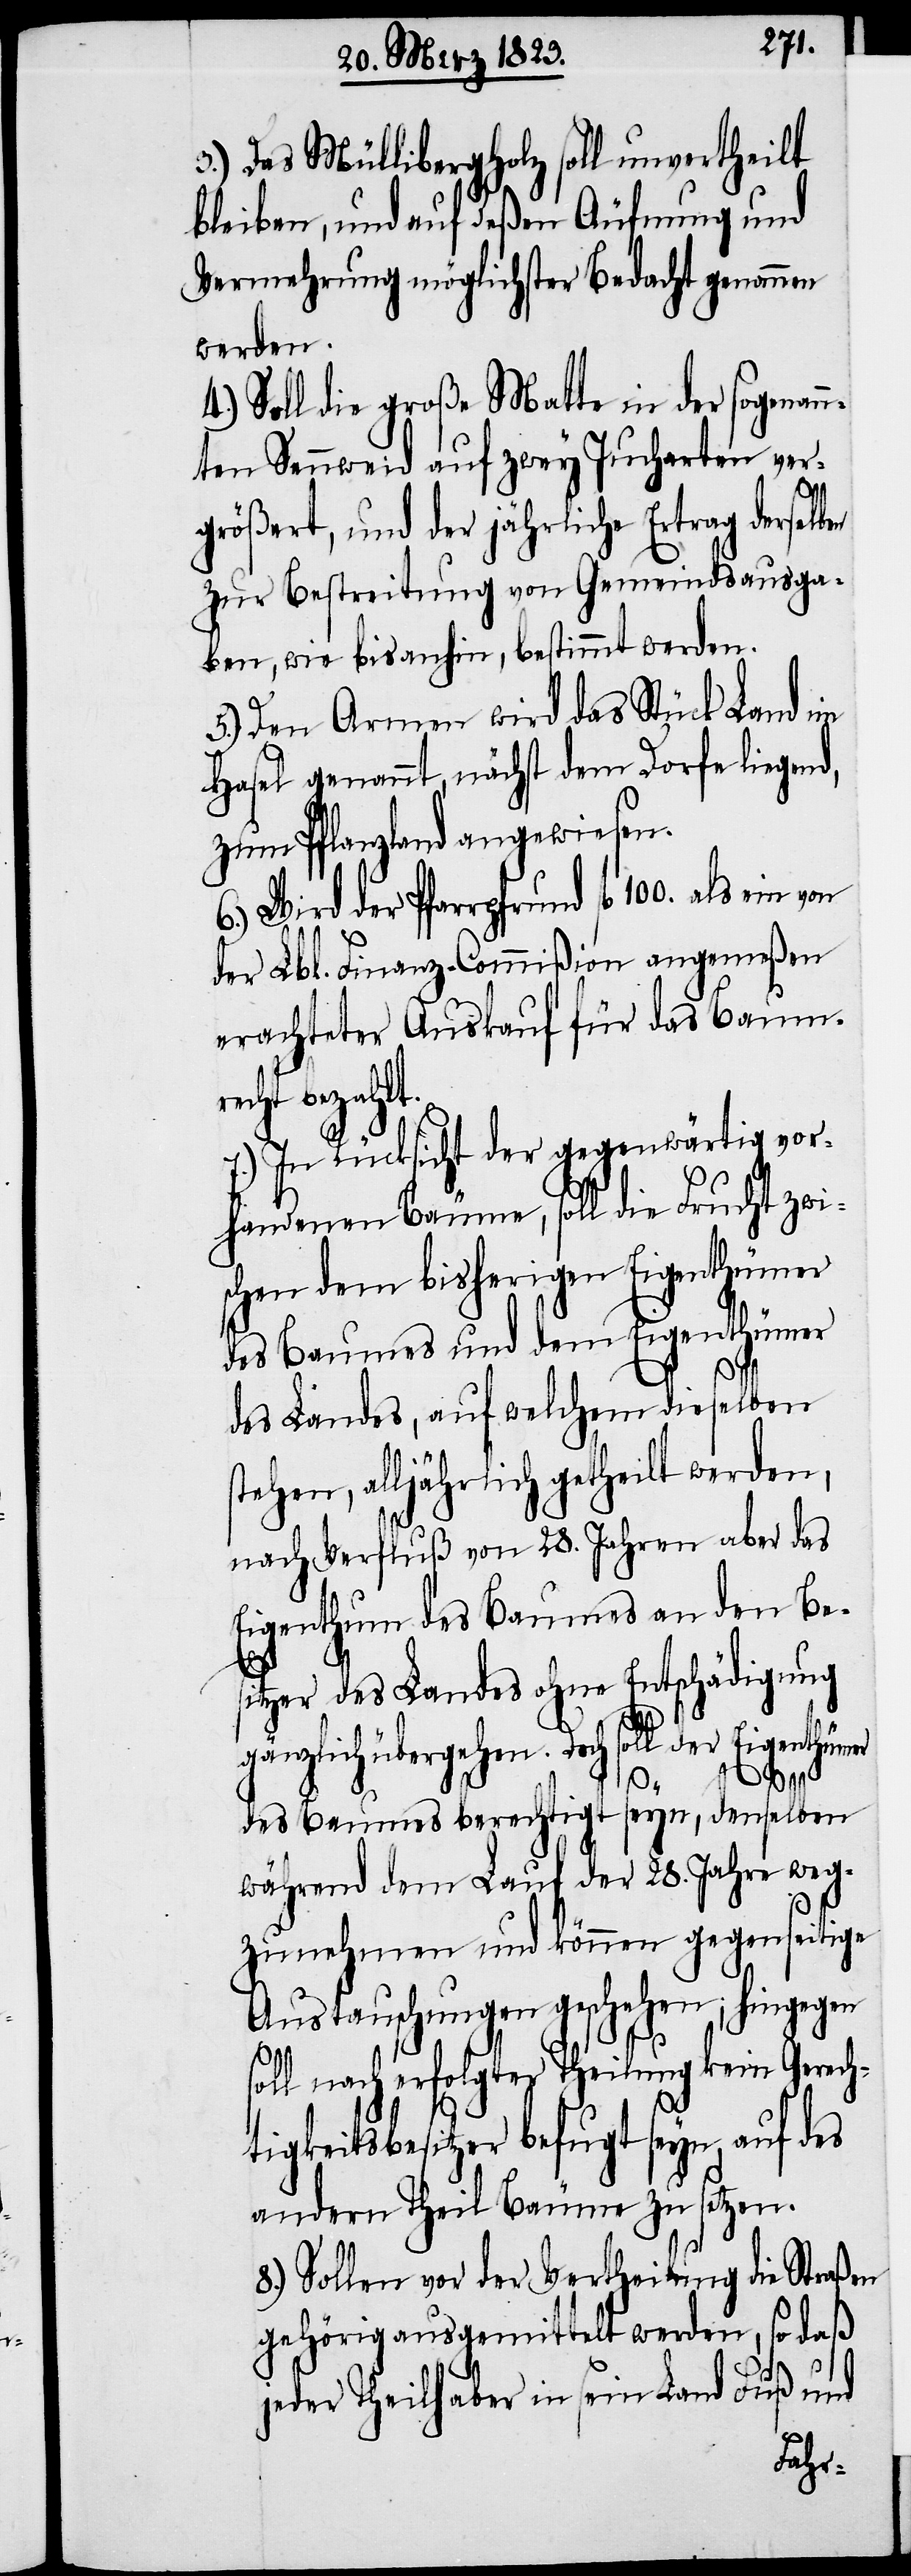
3.) Das Müllibergholz soll unvertheilt
bleiben, und auf deßen Äufnung und
Vermehrung möglichster Bedacht genommen
werden.
4.) Soll die große Matte in der sogenan¬
nten Sennweid auf zwey Jucharten ver¬
größert, und der jährliche Ertrag derselben
zur Bestreitung von Gemeindsausga¬
ben, wie bisanhin, bestimmt werden.
5.) Den Armen wird das Stück Land im
Hasel genannt, nächst dem Dorfe liegend,
zum Pflanzland angewiesen.
6.) Wird der Pfarrpfrund fl. 100. als ein
der Lbl. Finanz-Commißion angemeßen
erachteter Auskauf für das Baumre¬
cht bezahlt.
7.) In Rücksicht der gegenwärtig vor¬
handenen Bäume, soll die Frucht zwi¬
schen dem bisherigen Eigenthümer
des Baumes und dem Eigenthümer
des Landes, auf welchem dieselben
stehen, alljährlich getheilt werden,
nach Verflußvon 28. Jahren aber das
Eigenthum des Baumes an den Be¬
sitzer des Landes ohne Entschädigung
gänzlich übergehen. Doch soll der Eigenthümer
des Baumes berechtigt seyn, denselben
während dem Lauf der 28. Jahre weg¬
zunehmen und können gegenseitige
Austauschungen geschehen; hingegen
soll nach erfolgter Theilung kein Gerech¬
tigkeitsbesitzer befugt seyn, auf des
andern Theil Bäume zu setzen.
8.) Sollen vor der Vertheilung die Straßen
gehörig ausgemittelt werden, so daß
jeder Theilhaber in sein Land Fuß[-]